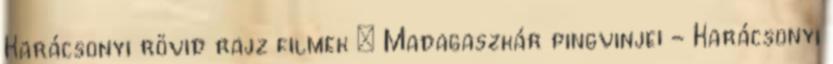
Karácsonyi rövid rajz filmek : Madagaszkár pingvinjei - Karácsonyi